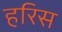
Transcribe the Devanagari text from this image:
हरिस